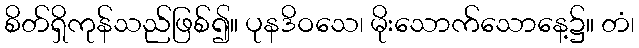
စိတ်ရှိကုန်သည်ဖြစ်၍။ ပုနဒိဝသေ၊ မိုးသောက်သောနေ့၌။ တံ၊